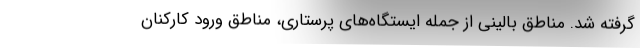
گرفته شد. مناطق بالینی از جمله ایستگاه‌های پرستاری، مناطق ورود کارکنان